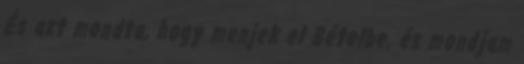
És azt mondta, hogy menjek el Bételbe, és mondjam